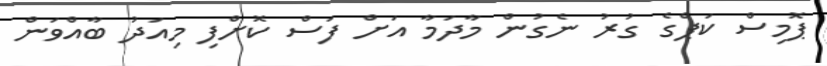
ޕޮމިސް ކަޕްގެ ގުރު ނެގުން މާދަމާ އަށް ފަސް ކޮށްފި މިއަދު ބާއްވަން